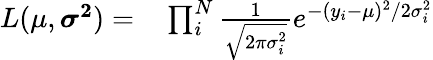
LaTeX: \begin{array}{rl}{L(\mu,\boldsymbol{\sigma^{2}})=}&{{}\prod_{i}^{N}\frac{1}{\sqrt{2\pi\sigma_{i}^{2}}}e^{-(y_{i}-\mu)^{2}/2\sigma_{i}^{2}}}\end{array}